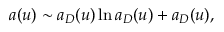
a ( u ) \sim a _ { D } ( u ) \ln a _ { D } ( u ) + a _ { D } ( u ) ,